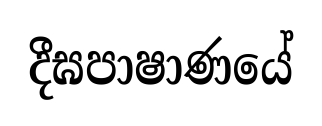
දීඝපාෂාණයේ